Report on sanitation, dispensaries, and jails in Rajputana for 1913, and on vaccination for the year 1913-1914 - 1913-1914
Year: 1913
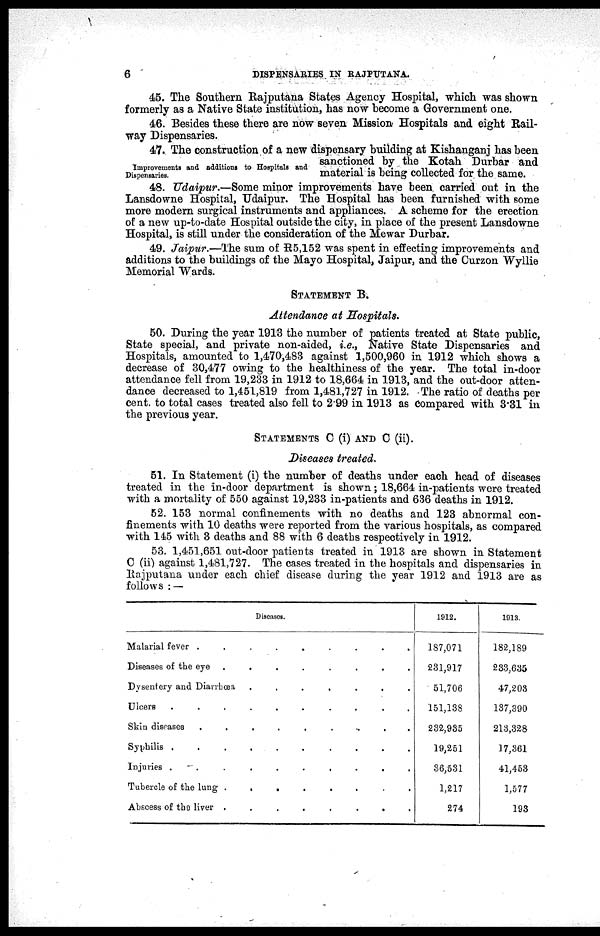
6
DISPENSARIES IN RAJPUTANA.
45. The Southern Rajputana States Agency Hospital, which was shown
formerly as a Native State institution, has now become a Government one.
46. Besides these there are now seven Mission Hospitals and eight Rail-
way Dispensaries.
Improvements and additions to Hospitals and
Dispensaries.
47. The construction of a new dispensary building at Kishanganj has been
sanctioned by the Kotah Durbar and
material is being collected for the same.
48. Udaipur.—Some minor improvements have been carried out in the
Lansdowne Hospital, Udaipur. The Hospital has been furnished with some
more modern surgical instruments and appliances. A scheme for the erection
of a new up-to-date Hospital outside the city, in place of the present Lansdowne
Hospital, is still under the consideration of the Mewar Durbar.
49. Jaipur.—The sum of R5,152 was spent in effecting improvements and
additions to the buildings of the Mayo Hospital, Jaipur, and the Curzon Wyllie
Memorial Wards.
STATEMENT B.
Attendance at Hospitals.
50. During the year 1913 the number of patients treated at State public,
State special, and private non-aided, i.e., Native State Dispensaries and
Hospitals, amounted to 1,470,483 against 1,500,960 in 1912 which shows a
decrease of 30,477 owing to the healthiness of the year. The total in-door
attendance fell from 19,233 in 1912 to 18,664 in 1913, and the out-door atten-
dance decreased to 1,451,819 from 1,481,727 in 1912. The ratio of deaths per
cent. to total cases treated also fell to 2.99 in 1913 as compared with 3.31 in
the previous year.
STATEMENTS C (i) AND C (ii).
Diseases treated.
51. In Statement (i) the number of deaths under each head of diseases
treated in the in-door department is shown; 18,664 in-patients were treated
with a mortality of 550 against 19,233 in-patients and 636 deaths in 1912.
52. 153 normal confinements with no deaths and 123 abnormal con-
finements with 10 deaths were reported from the various hospitals, as compared
with 145 with 3 deaths and 88 with 6 deaths respectively in 1912.
53. 1,451,651 out-door patients treated in 1913 are shown in Statement
C (ii) against 1,481,727. The cases treated in the hospitals and dispensaries in
Rajputana under each chief disease during the year 1912 and 1913 are as
follows : —
Diseases.
Malarial fever
.
.
.
.
.
.
Diseases of the eye
.
.
.
.
.
.
Dysentery and Diarrhœa
.
.
.
.
.
.
Ulcers . . . . . . .
Skin diseases
.
.
.
.
.
Syphilis
.
.
.
.
.
Injuries
.
.
.
.
..
Tubercle of the lung . . . .
Abscess of the liver
.
.
.
.
1912.
187,071
231,917
51,706
151,138
232,935
19,251
36,531
1,217
274
1913.
182,189
233,635
47,208
137,390
213,328
17,361
41,453
1,577
193